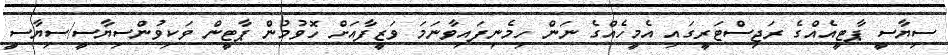
ސިޔާސީ ޕާޓީއެއްގެ ރަޖިސްޓަރީގައި އެމީހެއްގެ ނަން ހިމެނިފައިވާނަމަ ވަޒީފާއަށް ހޮވުމުން ޕާޓީން ވަކިވުންސިޔާސީ/ސިޔާސީ